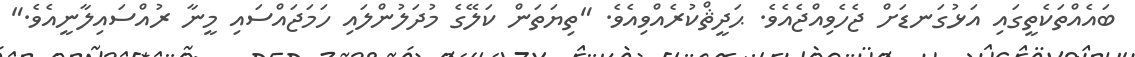
ބައެއްތަކެތީގައި އަޅުގަނޑަށް ޖެހެވިއްޖެއެވެ. ޙަދީޘްކުރެއްވިއެވެ. "ތިޔަތަން ކަލޭގެ މުދަލުންލައި ހަމަޖައްސައި މީނާ ރުއްސައިލާނީއެވެ."